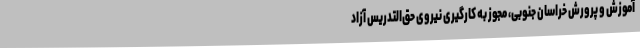
آموزش و پرورش خراسان جنوبی، مجوز به کارگیری نیروی حق‌التدریس آزاد